Indian journal of veterinary science and animal husbandry - Volume 8,
Year: 1938
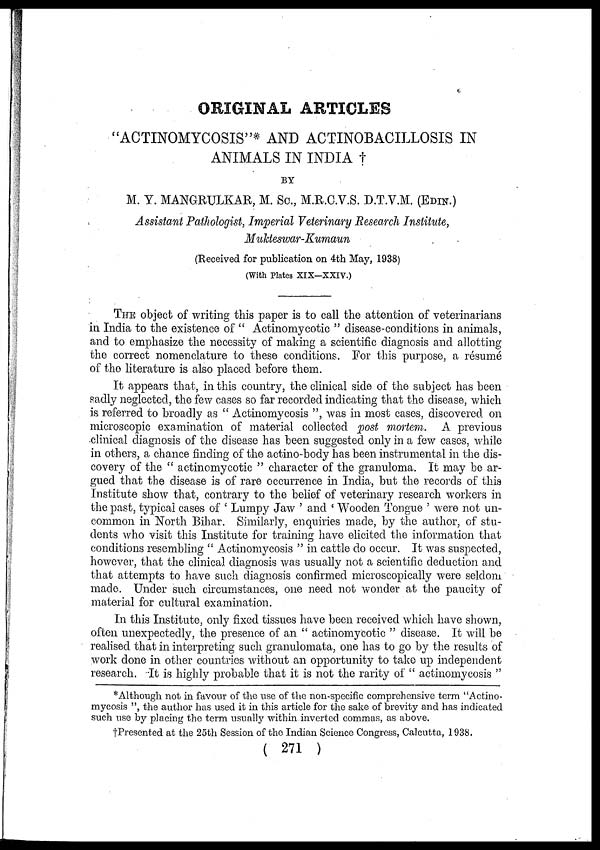
ORIGINAL ARTICLES
"ACTINOMYCOSIS"* AND ACTINOBACILLOSIS IN
ANIMALS IN INDIA †
BY
M. Y. MANGRULKAR, M. Sc., M.R.C.V.S. D.T.V.M. (EDIN.)
Assistant Pathologist, Imperial Veterinary Research Institute,
Mukteswar-Kumaun
(Received for publication on 4th May, 1938)
(With Plates XIX—XXIV.)
THE object of writing this paper is to call the attention of veterinarians
in India to the existence of " Actinomycotic " disease-conditions in animals,
and to emphasize the necessity of making a scientific diagnosis and allotting
the correct nomenclature to these conditions. For this purpose, a résumé
of the literature is also placed before them.
It appears that, in this country, the clinical side of the subject has been
sadly neglected, the few cases so far recorded indicating that the disease, which
is referred to broadly as " Actinomycosis ", was in most cases, discovered on
microscopic examination of material collected post mortem. A previous
clinical diagnosis of the disease has been suggested only in a few cases, while
in others, a chance finding of the actino-body has been instrumental in the dis-
covery of the " actinomycotic " character of the granuloma. It may be ar-
gued that the disease is of rare occurrence in India, but the records of this
Institute show that, contrary to the belief of veterinary research workers in
the past, typical cases of ' Lumpy Jaw ' and ' Wooden Tongue ' were not un-
common in North Bihar. Similarly, enquiries made, by the author, of stu-
dents who visit this Institute for training have elicited the information that
conditions resembling " Actinomycosis " in cattle do occur. It was suspected,
however, that the clinical diagnosis was usually not a scientific deduction and
that attempts to have such diagnosis confirmed microscopically were seldom
made. Under such circumstances, one need not wonder at the paucity of
material for cultural examination.
In this Institute, only fixed tissues have been received which have shown,
often unexpectedly, the presence of an " actinomycotic " disease. It will be
realised that in interpreting such granulomata, one has to go by the results of
work done in other countries without an opportunity to take up independent
research. It is highly probable that it is not the rarity of " actinomycosis "
* Although not in favour of the use of the non-specific comprehensive term "Actino-
mycosis ", the author has used it in this article for the sake of brevity and has indicated
such use by placing the term usually within inverted commas, as above.
† Presented at the 25th Session of the Indian Science Congress, Calcutta, 1938.
( 271 )